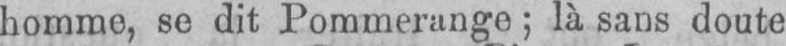
homme, se dit Pommerange; là sans doute